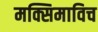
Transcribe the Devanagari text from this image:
मक्सिमाविच